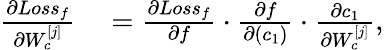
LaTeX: \begin{array}{rl}{\frac{\partial Loss_{f}}{\partial W_{c}^{[j]}}}&{{}=\frac{\partial Loss_{f}}{\partial f}\cdot\frac{\partial f}{\partial(c_{1})}\cdot\frac{\partial c_{1}}{\partial W_{c}^{[j]}},}\end{array}